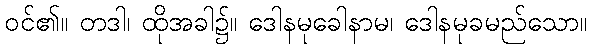
ဝင်၏။ တဒါ၊ ထိုအခါ၌။ ဒေါနမုခေါနာမ၊ ဒေါနမုခမည်သော။